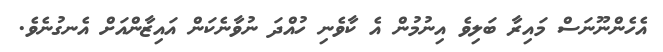
އެހެންނޫނަސް މައިރާ ބަލިވެ އިނުމުން އެ ކާވެނި ހުއްދަ ނުވާނެކަން އައިޒާންއަށް އެނގުނެވެ.